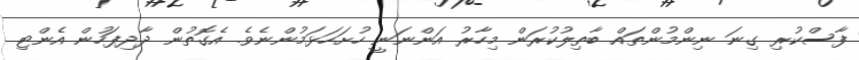
ފާސްކުރި ގިނަ ނިންމުންތައް ބާތިލުކުރަން މިހާރު އަންނަނީ ހުށަހަޅަމުންނެވެ. އެގޮތުން ދާދިފަހުން އެންޓި